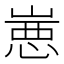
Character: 𰎮